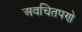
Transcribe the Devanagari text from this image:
अवचितपणे